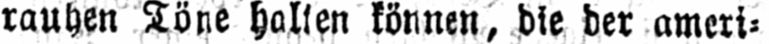
rauhen Töne halten können, die der ameri⸗